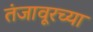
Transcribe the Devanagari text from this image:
तंजावूरच्या